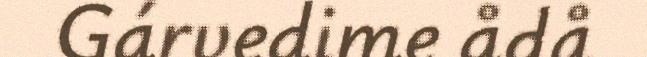
Gárvedime ådå